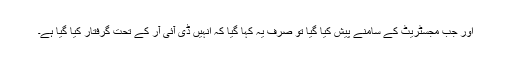
اور جب مجسٹریٹ کے سامنے پیش کیا گیا تو صرف یہ کہا گیا کہ انہیں ڈی آئی آر کے تحت گرفتار کیا گیا ہے۔